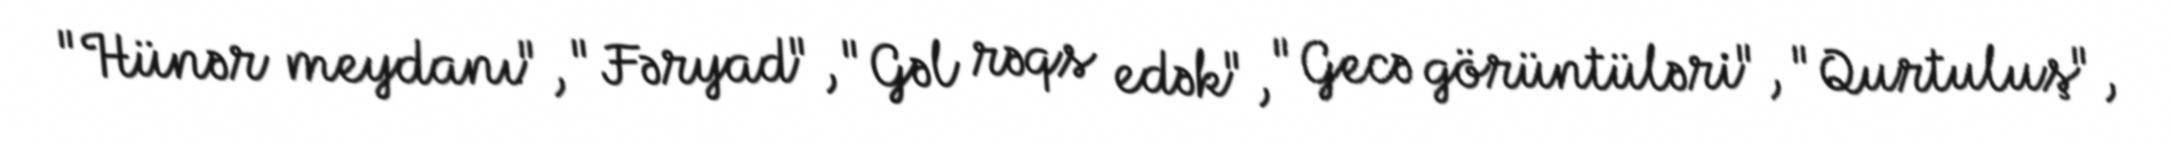
"Hünər meydanı", "Fəryad", "Gəl rəqs edək", "Gecə görüntüləri", "Qurtuluş",